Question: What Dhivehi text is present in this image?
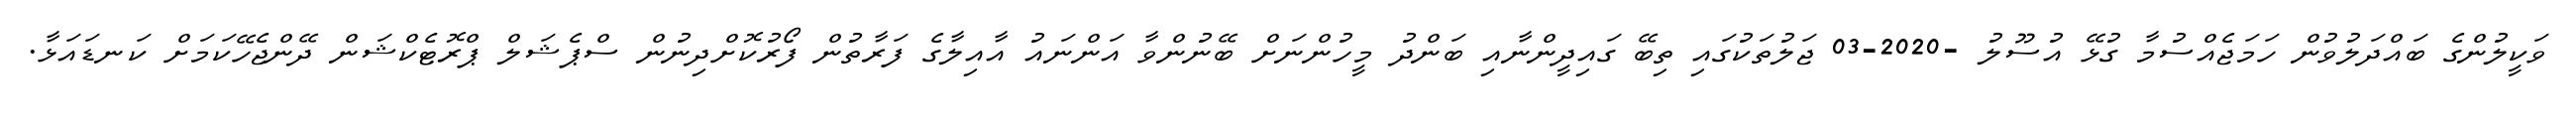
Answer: ވަކީލުންގެ ބައްދަލުވުން ހަމަޖެއްސުމާ ގުޅޭ އުސޫލު -2020-03 ޖަލުތަކުގައި ތިބޭ ގައިދީންނާއި ބަންދު މީހުންނަށް ބޭނުންވާ އަންނައު އާއިލާގެ ފަރާތުން ފޯރުކޮށްދިނުން ސްޕެޝަލް ޕްރޮޓެކްޝަން ދޭންޖެހޭކަމަށް ކަނޑައަޅާ.